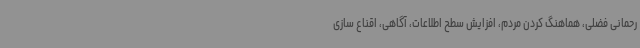
رحمانی فضلی، هماهنگ کردن مردم، افزایش سطح اطلاعات، آگاهی، اقناع سازی